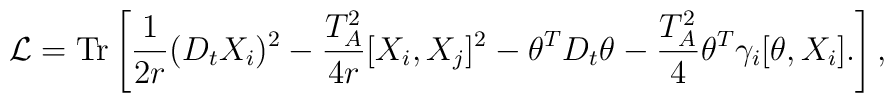
{\cal L} = \mbox{Tr} \left[ \frac{1}{2r}  ( D_t X_i )^2  - \frac{T_A^2 }{4r} [X_i,X_j]^2 - \theta^T D_t \theta - \frac{T_A^2 }{4} \theta^T \gamma_i [\theta, X_i]. \right],